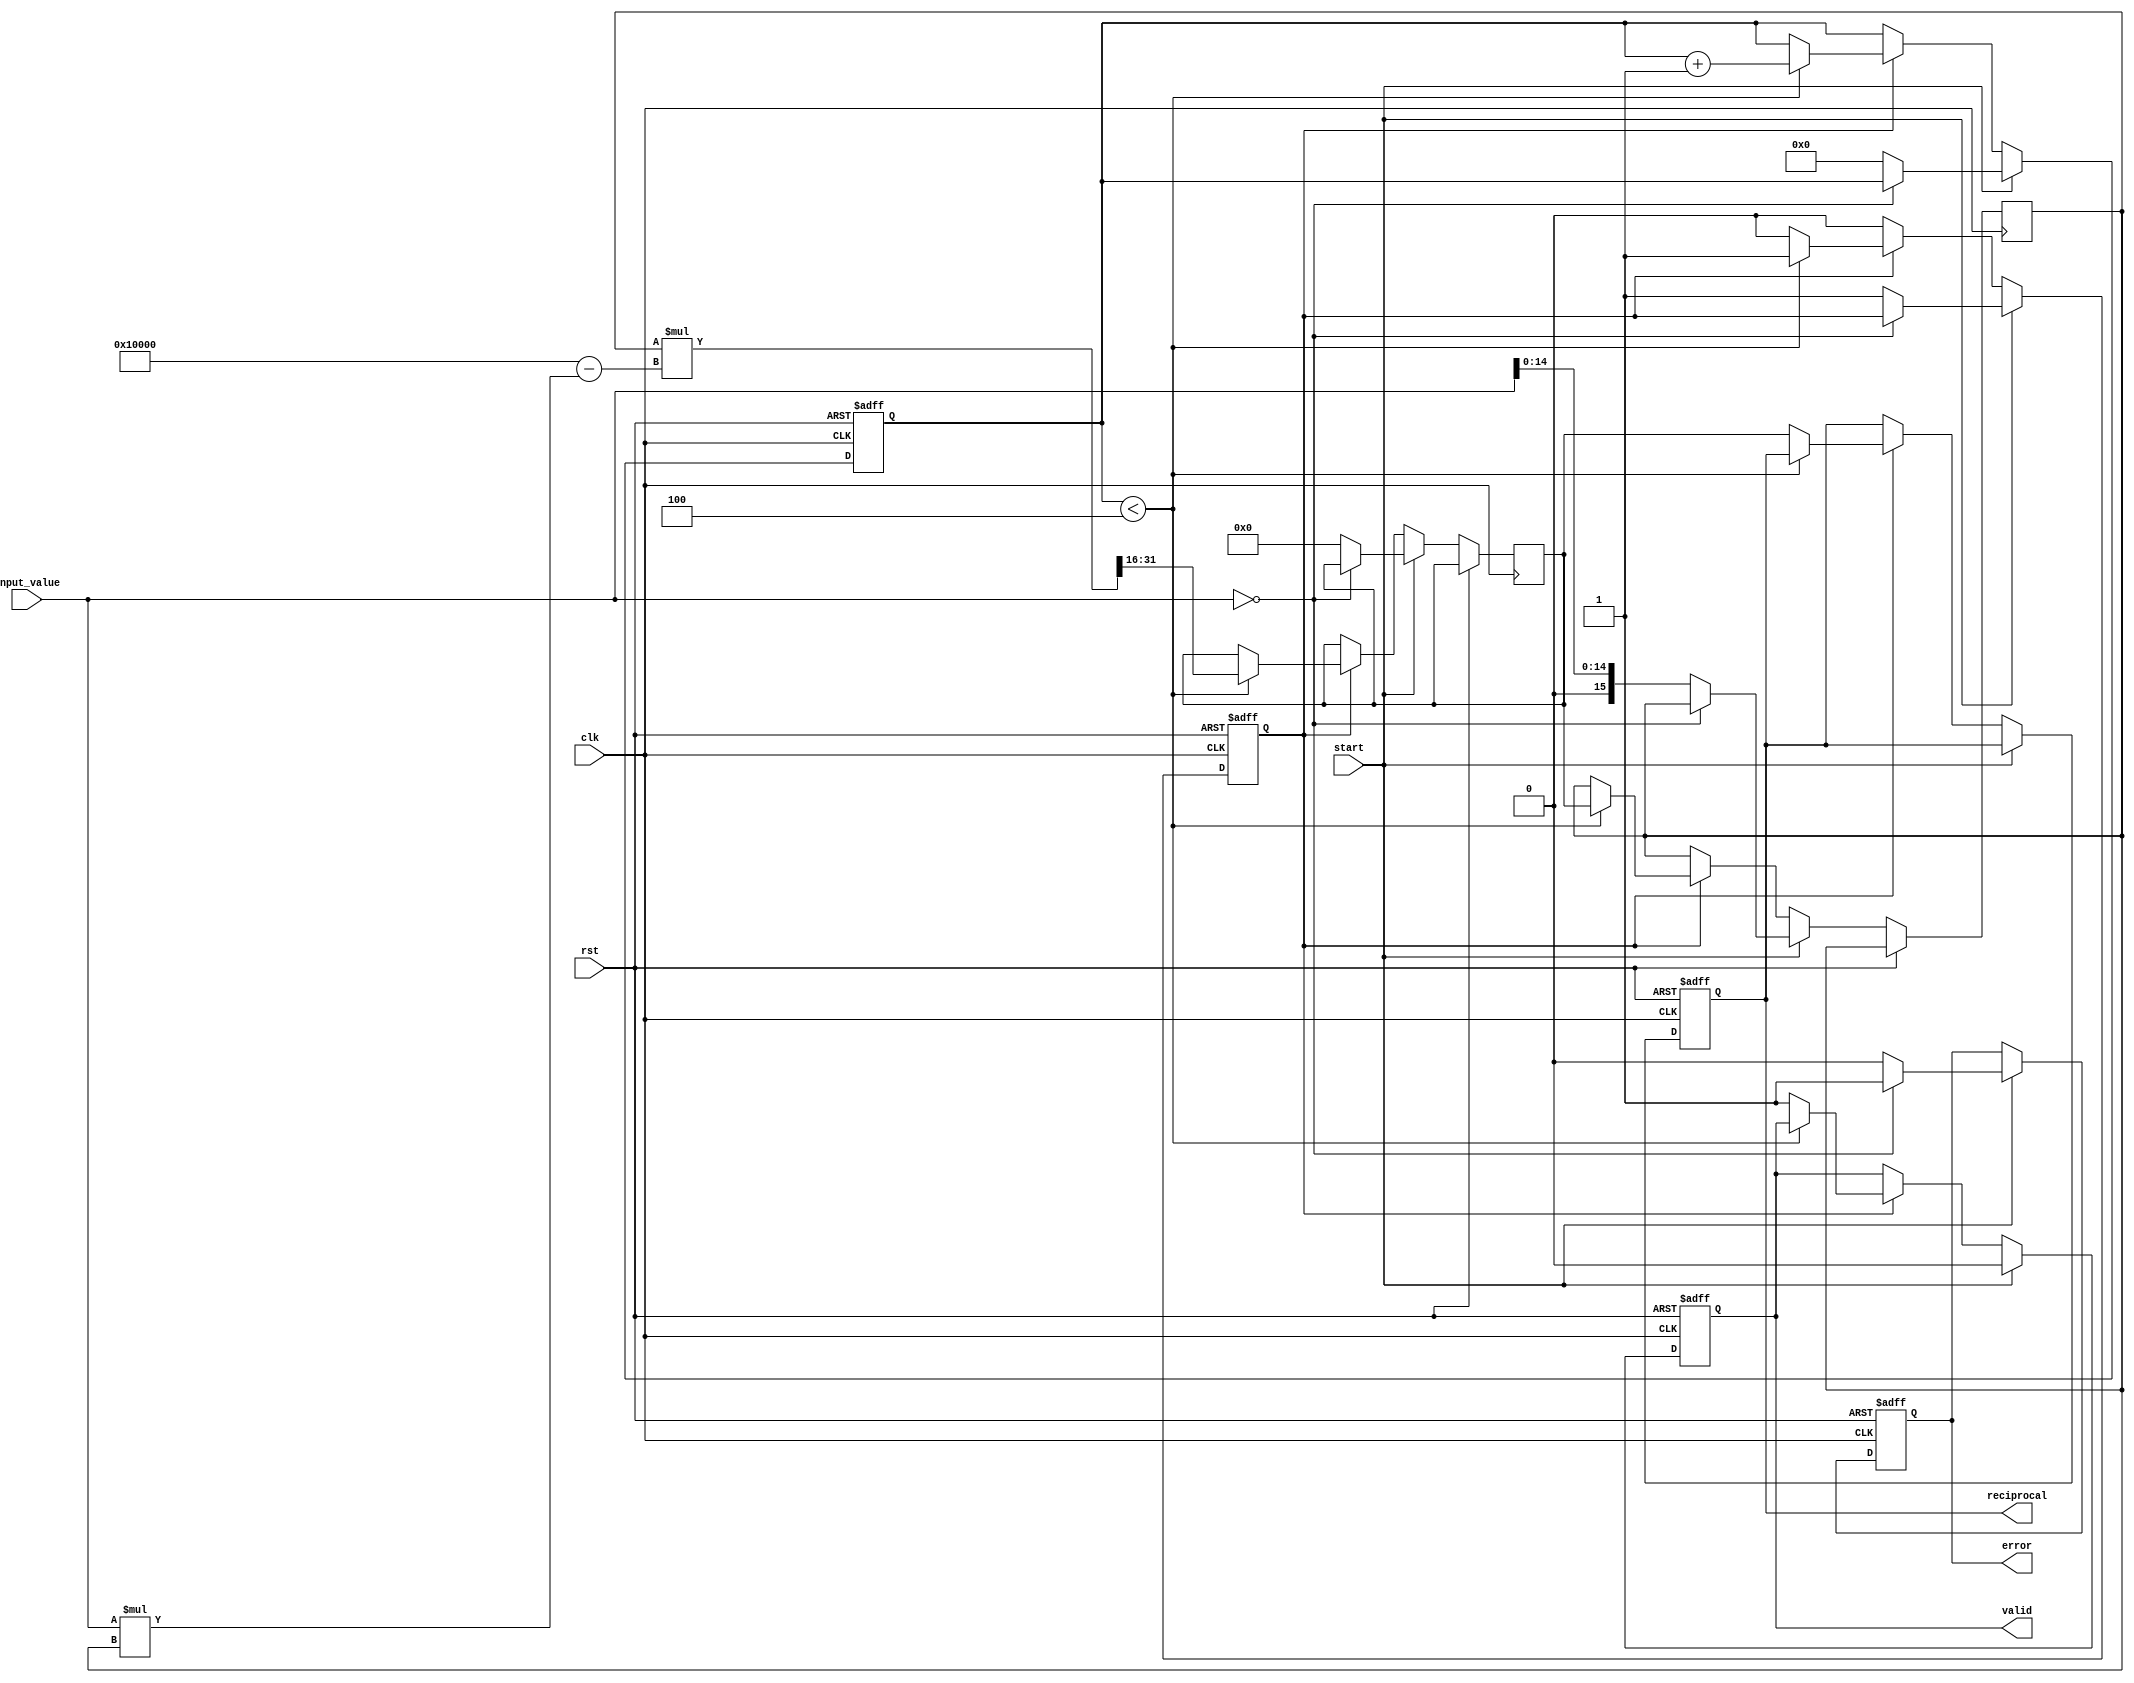
module DirectReciprocalUnit #(
    parameter WIDTH = 16, // Width of the input and output
    parameter ITERATIONS = 4 // Number of iterations for Newton-Raphson
)(
    input wire clk,
    input wire rst,
    input wire start,
    input wire [WIDTH-1:0] input_value, // Input value (non-zero)
    output reg [WIDTH-1:0] reciprocal, // Output reciprocal
    output reg valid, // Output valid signal
    output reg error // Error signal for division by zero
);

    reg [WIDTH-1:0] x; // Current approximation
    reg [WIDTH-1:0] r; // Reciprocal result
    reg [3:0] count; // Iteration counter
    reg processing; // Processing flag

    // Initial normalization and error handling
    always @(posedge clk or posedge rst) begin
        if (rst) begin
            valid <= 0;
            error <= 0;
            processing <= 0;
            count <= 0;
            reciprocal <= 0;
        end else begin
            if (start) begin
                if (input_value == 0) begin
                    error <= 1; // Division by zero
                    valid <= 0;
                end else begin
                    error <= 0;
                    valid <= 0;
                    processing <= 1;
                    x <= {1'b0, input_value[WIDTH-2:0]}; // Initial approximation (1/input_value)
                    r <= 0;
                    count <= 0;
                end
            end else if (processing) begin
                if (count < ITERATIONS) begin
                    // Newton-Raphson iteration: x = x * (2 - input_value * x)
                    r <= x * (2**WIDTH - input_value * x) >> WIDTH; // Shift right to normalize
                    x <= r;
                    count <= count + 1;
                end else begin
                    reciprocal <= r; // Final result
                    valid <= 1; // Output valid
                    processing <= 0; // End processing
                end
            end
        end
    end

endmodule